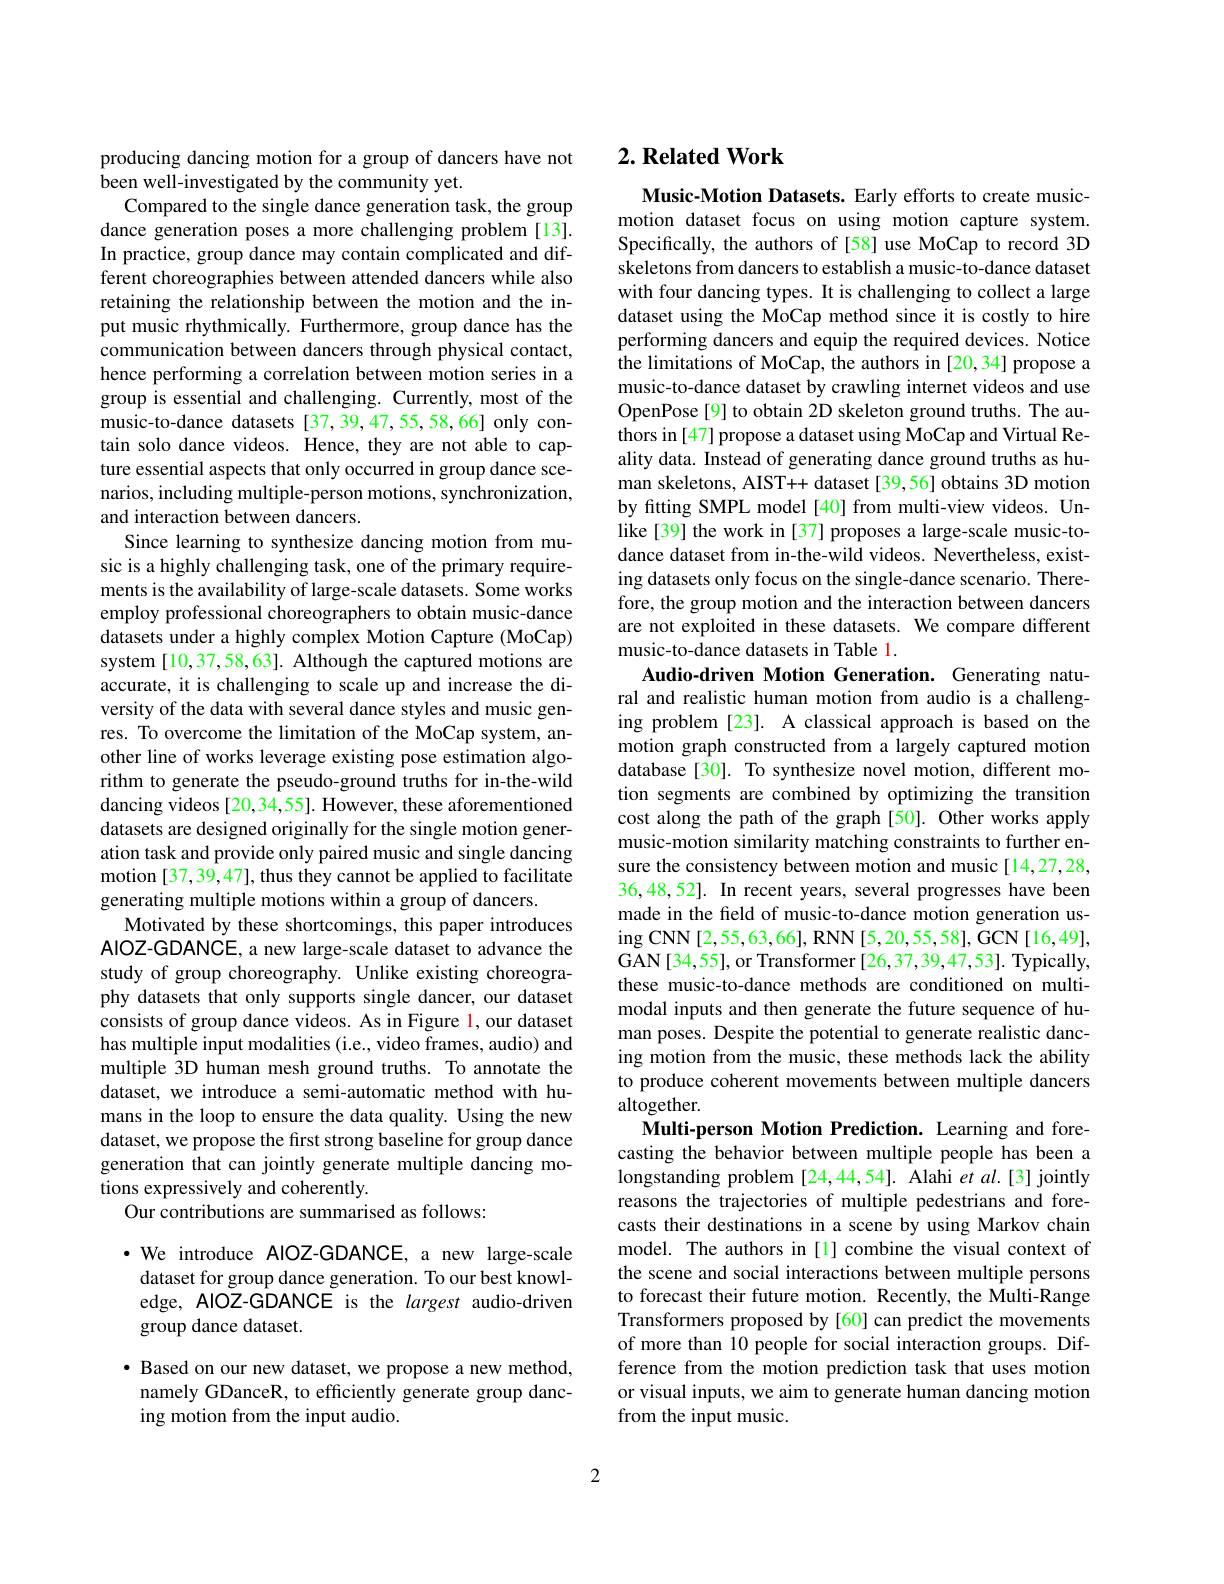
producing dancing motion for a group of dancers have not
been well-investigated by the community yet.
Compared to the single dance generation task, the group dance generation poses a more challenging problem [13]. In practice, group dance may contain complicated and different choreographies between attended dancers while also retaining the relationship between the motion and the input music rhythmically. Furthermore, group dance has the communication between dancers through physical contact, hence performing a correlation between motion series in a group is essential and challenging. Currently, most of the music-to-dance datasets [37,39,47,55,58,66] only contain solo dance videos. Hence, they are not able to capture essential aspects that only occurred in group dance scenarios, including multiple- person motions, synchronization, and interaction between dancers.
Since learning to synthesize dancing motion from music is a highly challenging task, one of the primary requirements is the availability of large-scale datasets. Some works employ professional choreographers to obtain music-dance datasets under a highly complex Motion Capture (MoCap) system [10,37,58,63]. Although the captured motions are accurate, it is challenging to scale up and increase the diversity of the data with several dance styles and music genres. To overcome the limitation of the MoCap system, another line of works leverage existing pose estimation algorithm to generate the pseudo-ground truths for in-the-wild dancing videos [20,34,55]. However, these aforementioned datasets are designed originally for the single motion generation task and provide only paired music and single dancing motion [37, 39, 47], thus they cannot be applied to facilitate generating multiple motions within a group of dancers.
Motivated by these shortcomings, this paper introduces AlOZ-GDANCE, a new large-scale dataset to advance the study of group choreography. Unlike existing choreography datasets that only supports single dancer, our dataset consists of group dance videos. As in Figure l, our dataset has multiple input modalities (i.e., video frames, audio) and multiple 3D human mesh ground truths. To annotate the dataset, we introduce a semi-automatic method with humans in the loop to ensure the data quality. Using the new dataset, we propose the first strong baseline for group dance generation that can jointly generate multiple dancing motions expressively and coherently.
Our contributions are summarised as follows:

·We introduce AIOZ-GDANCE, a new large-scale
dataset for group dance generation. To our best knowledge, AIOZ-GDANCE is the largest audio-driven group dance dataset.

$\bullet$ Based on our new dataset, we propose a new method,
namely GDanceR, to efficiently generate group danc-
ing motion from the input audio.

## $2. \textbf{Related Work}$

Music- Motion Datasets. Early efforts to create musicmotion dataset focus on using motion capture system. Specifically, the authors of [58] use MoCap to record 3D skeletons from dancers to establish a music-to-dance dataset with four dancing types. It is challenging to collect a large dataset using the MoCap method since it is costly to hire performing dancers and equip the required devices. Notice the limitations of MoCap, the authors in [20,34] propose a music-to-dance dataset by crawling internet videos and use OpenPose[9] to obtain 2D skeleton ground truths. The authors in [47] propose a dataset using MoCap and Virtual Reality data. Instead of generating dance ground truths as human skeletons, AIST++ dataset [39,56] obtains 3D motion by fitting SMPL model [40] from multi-view videos. Unlike[39] the work in [37] proposes a large-scale music-todance dataset from in-the-wild videos. Nevertheless, existing datasets only focus on the single-dance scenario. Therefore, the group motion and the interaction between dancers are not exploited in these datasets. We compare different music-to-dance datasets in Table 1.
Audio-driven Motion Generation. Generating natural and realistic human motion from audio is a challenging problem [23]. A classical approach is based on the motion graph constructed from a largely captured motion database [30]. To synthesize novel motion, different motion segments are combined by optimizing the transition cost along the path of the graph [50]. Other works apply music-motion similarity matching constraints to further ensure the consistency between motion and music [14,27,28, 36,48,52]. In recent years, several progresses have been made in the field of music-to-dance motion generation us- $\operatorname{ing}\operatorname{CNN}[2,55,63,66],\operatorname{RNN}[5,20,55,58],\operatorname{GCN}[16,49]$, GAN[34,55], or Transformer [26,37,39,47,53]. Typically, these music-to-dance methods are conditioned on multimodal inputs and then generate the future sequence of human poses. Despite the potential to generate realistic dancing motion from the music, these methods lack the ability to produce coherent movements between multiple dancers altogether.
Multi-person Motion Prediction. Learning and forecasting the behavior between multiple people has been a longstanding problem [24,44,54]. Alahi $et$ al.[3] jointly reasons the trajectories of multiple pedestrians and forecasts their destinations in a scene by using Markov chain model. The authors in [1] combine the visual context of the scene and social interactions between multiple persons to forecast their future motion. Recently, the Multi-Range Transformers proposed by [60] can predict the movements of more than 10 people for social interaction groups. Difference from the motion prediction task that uses motion or visual inputs, we aim to generate human dancing motion from the input music.

2